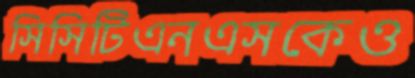
সিসিটিএনএসকেও